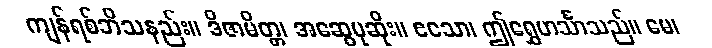
ကျန်ရစ်ဘိသနည်း။ ဒိဇာမိတ္တ၊ အဆွေမုဆိုး။ ဧသော၊ ဤရွှေဟင်္သာသည်။ မေ၊